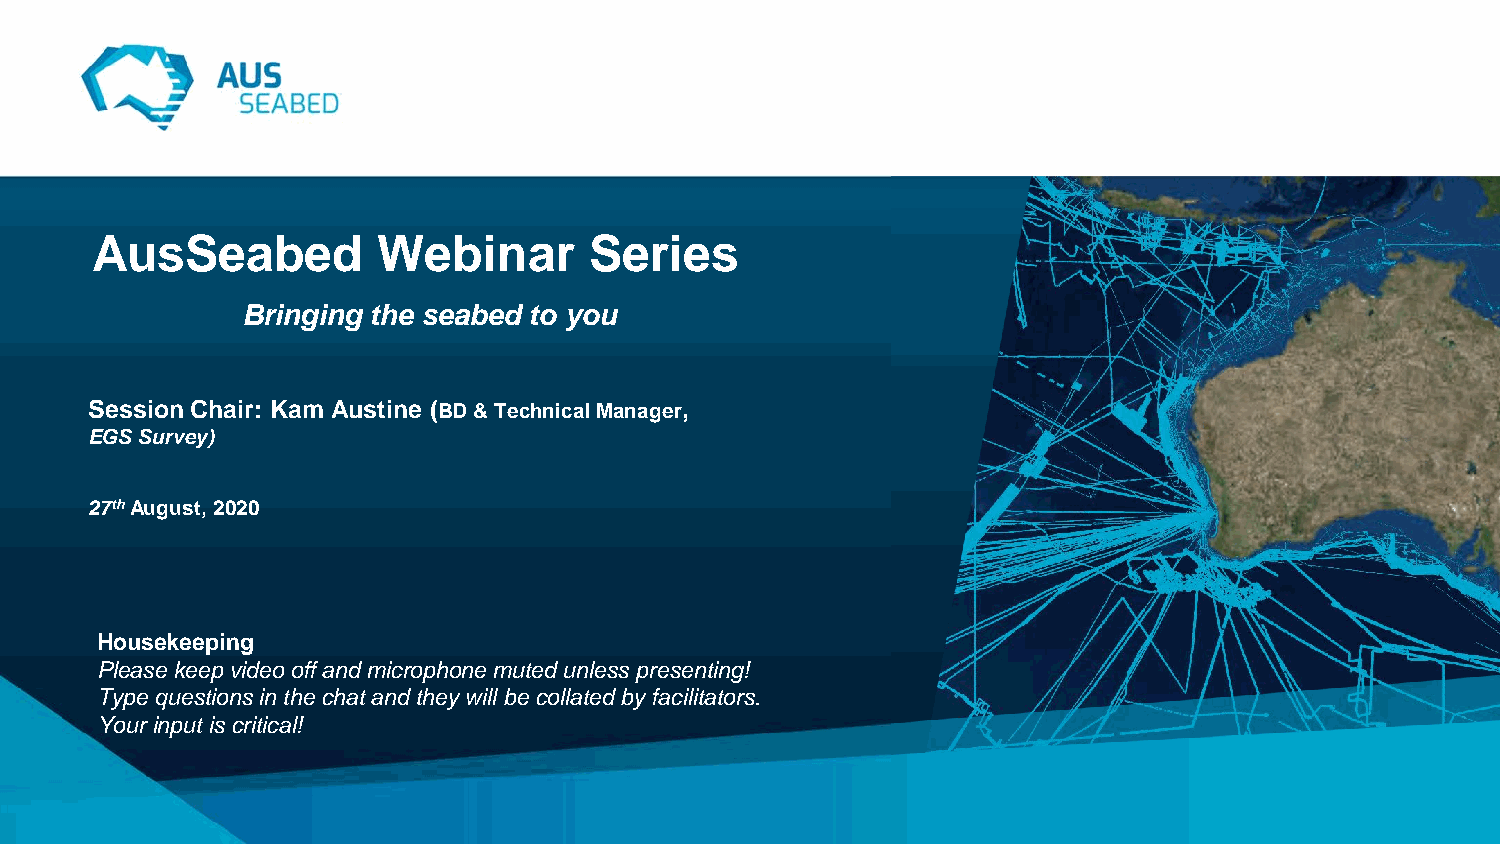
AusSeabed          Webinar       Series
 Bringing the seabed to you
 Session Chair: Kam Austine (BD & Technical Manager,
 EGS Survey)
 27thAugust, 2020
 Housekeeping
 Please keep video off and microphone muted unless presenting!
 Type questions in the chat and they will be collated by facilitators.
 Your input is critical!